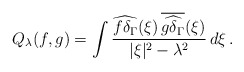
\begin{align*}Q_{\lambda}(f,g)=\int\frac{\widehat{f\delta_\Gamma}(\xi)\,\overline{\widehat{g\delta_\Gamma}}(\xi)}{|\xi|^2-\lambda^2}\,d\xi\,.\end{align*}